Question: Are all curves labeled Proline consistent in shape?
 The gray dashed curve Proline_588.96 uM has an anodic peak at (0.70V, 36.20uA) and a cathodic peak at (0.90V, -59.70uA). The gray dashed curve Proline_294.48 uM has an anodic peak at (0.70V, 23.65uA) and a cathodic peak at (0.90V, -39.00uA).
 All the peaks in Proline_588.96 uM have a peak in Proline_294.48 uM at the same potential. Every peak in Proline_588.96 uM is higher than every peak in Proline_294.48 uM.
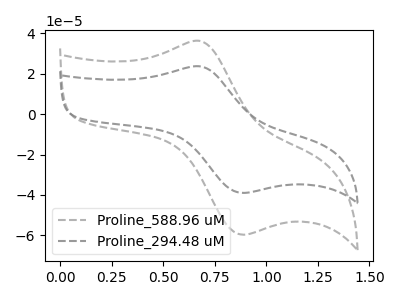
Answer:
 <answer>All the CV's of "Proline" have similar shape.</answer>
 <eval>follow_rule</eval>